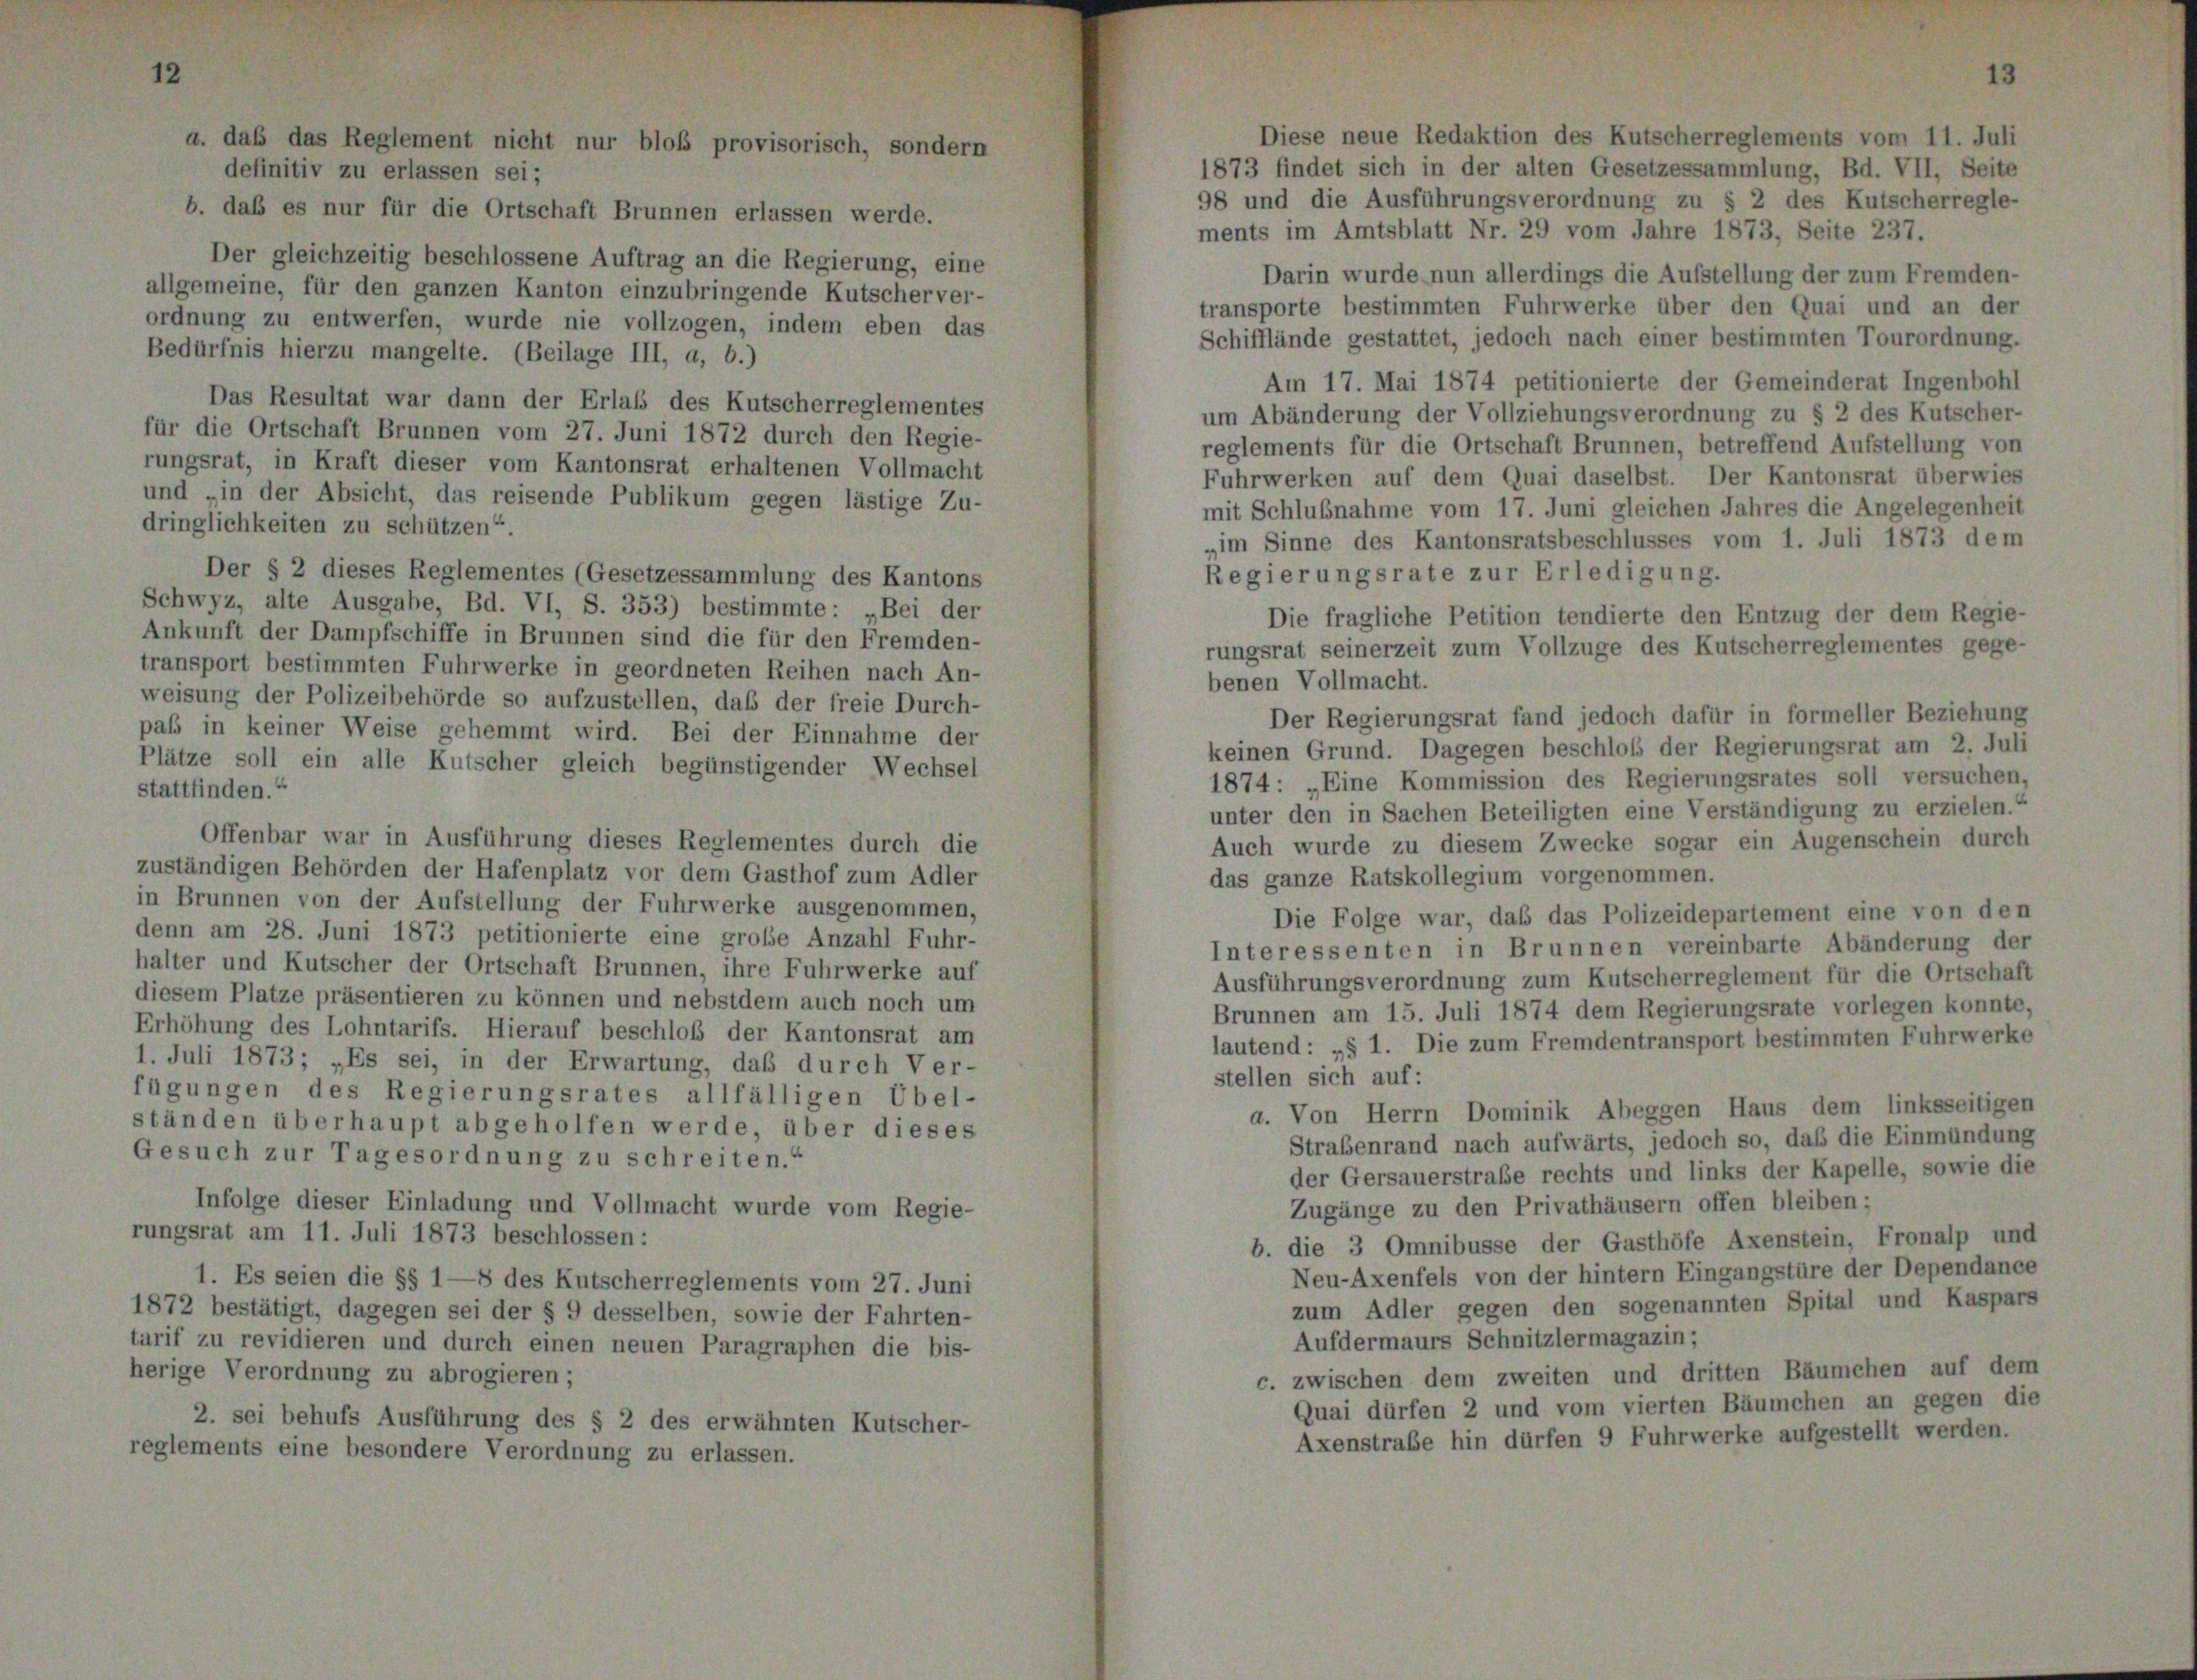
daß das Reglement nicht nur bloß provisorisch
lefinitiv zu erlassen sei;
b. daß es nur für die Ortschaft Brunnen erlassen werde.

Der gleichzeitig beschlossene Auftrag an die Regierung, eine
allgemeine, für den ganzen Kanton einzubringende Kutscher ver-
ordnung zu entwerfen, wurde nie vollzogen, indem eben das
Bedürfnis hierzu mangelte. (Beilage III, a, b.)
Das Resultat war dann der Erlass des Kutscherreglementes
für die Ortschaft Brunnen vom 27. Juni 1872 durch den Regie-
rungsrat, in Kraft dieser vom Kantonsrat erhaltenen Vollmacht
und „in der Absicht, das reisende Publikum gegen lästige Zu-
dringlichkeiten zu schützen“
Der § 2 dieses Reglementes (Gesetzessammlung des Kantons
Schwyz, alte Ausgabe, Bd. VI, S. 353) bestimmte: „Bei der
Ankunft der Dampfschiffe in Brunnen sind die für den Fremden-
transport bestimmten Fuhrwerke in geordneten Reihen nach An-
weisung der Polizeibehörde so aufzustellen, daß der freie Durch-
paß in keiner Weise gehemmt wird. Bei der Einnahme der
Plätze soll ein alle Kutscher gleich begünstigender Wechsel
stattfinden.“
Offenbar war in Ausführung dieses Reglementes durch die
zuständigen Behörden der Hafenplatz vor dem Gasthof zum Adler
in Brunnen von der Aufstellung der Fuhrwerke ausgenommen,
denn am 28. Juni 1873 petitionierte eine große Anzahl Fuhr-
halter und Kutscher der Ortschaft Brunnen, ihre Fuhrwerke auf
diesem Platze präsentieren zu können und nebstdem auch noch um
Erhöhung des Lohntarifs. Hierauf beschloß der Kantonsrat am
1. Juli 1873; „Es sei, in der Erwartung, daß durch Ver-
ügungen des Regierungsrates allfälligen Übel-
tänden überhaupt abgeholfen werde, über dieses
Gesuch zur Tagesordnung zu schreiten.“
Infolge dieser Einladung und Vollmacht wurde vom Regie-
rungsrat am 11. Juli 1873 beschlossen:
1. Es seien die §§ 1—8 des Kutscherreglements vom 27. Juni
1872 bestätigt, dagegen sei der § 9 desselben, sowie der Fahrten-
urif zu revidieren und durch einen neuen Paragraphen die bis-
erige Verordnung zu abrogieren;
2. sei behufs Ausführung des § 2 des erwähnten Kutscher-
reglements eine besondere Verordnung zu erlassen.

1873 findet sich in der alten Gesetzessammlung, Bd. VII, Seite
98 und die Ausführungsverordnung zu § 2 des Kutscherregle-
ments im Amtsblatt Nr. 29 vom Jahre 1873, Seite 237.
Darin wurde nun allerdings die Aufstellung der zum Fremden-
transporte bestimmten Fuhrwerke über den Quai und an der
Schifflände gestattet, jedoch nach einer bestimmten Tourordnung.
Am 17. Mai 1874 petitionierte der Gemeinderat Ingenbohl
um Abänderung der Vollziehungsverordnung zu § 2 des Kutscher-
reglements für die Ortschaft Brunnen, betreffend Aufstellung von
Fuhrwerken auf dem Quai daselbst. Der Kantonsrat überwies
mit Schlußnahme vom 17. Juni gleichen Jahres die Angelegenheit
„im Sinne des Kantonsratsbeschlusses vom 1. Juli 1873 dem
Regierungsrate zur Erledigung.
Die fragliche Petition tendierte den Entzug der dem Regie-
rungsrat seinerzeit zum Vollzuge des Kutscherreglementes gege-
benen Vollmacht.
Der Regierungsrat fand jedoch dafür in formeller Beziehung
keinen Grund. Dagegen beschloß der Regierungsrat am 2. Juli
1874: „Eine Kommission des Regierungsrates soll versuchen,
unter den in Sachen Beteiligten eine Verständigung zu erzielen.“
Auch wurde zu diesem Zwecke sogar ein Augenschein durch
das ganze Ratskollegium vorgenommen.
Die Folge war, daß das Polizeidepartement eine von den
Interessenten in Brunnen vereinbarte Abänderung der
Ausführungsverordnung zum Kutscherreglement für die Ortschaft
Brunnen am 15. Juli 1874 dem Regierungsrate vorlegen konnte,
lautend: „§ 1. Die zum Fremdentransport bestimmten Fuhrwerke
stellen sich auf:
a. Von Herrn Dominik Abeggen Haus dem linksseitigen
Straßenrand nach aufwärts, jedoch so, daß die Einmündung
der Gersauerstraße rechts und links der Kapelle, sowie die
Zugänge zu den Privathäusern offen bleiben;
b. die 3 Omnibusse der Gasthöfe Axenstein, Fronalp und
Neu-Axenfels von der hintern Eingangstüre der Dependance
zum Adler gegen den sogenannten Spital und Kaspars
Aufdermaurs Schnitzlermagazin;
c. zwischen dem zweiten und dritten Bäumchen auf dem
Quai dürfen 2 und vom vierten Bäumchen an gegen die
Axenstraße hin dürfen 9 Fuhrwerke aufgestellt werden.

Diese neue Redaktion des Kutscherreglements vom 11. Juli